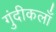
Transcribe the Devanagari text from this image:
गुंदीकलाँ